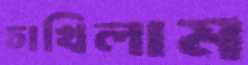
চাখিলাম